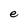
Character: e